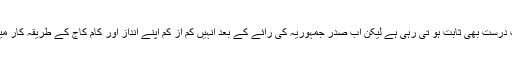
ان کے اب تک کے موقف سے یہ بات درست بھی ثابت ہو تی رہی ہے لیکن اب صدر جمہوریہ کی رائے کے بعد انہیں کم از کم اپنے انداز اور کام کاج کے طریقہ کار میں لچک پیدا کرنے کی ضرورت ہے ۔